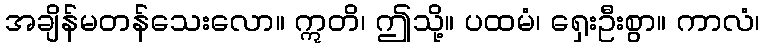
အချိန်မတန်သေးလော။ ဣတိ၊ ဤသို့။ ပထမံ၊ ရှေးဦးစွာ။ ကာလံ၊